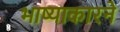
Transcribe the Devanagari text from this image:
भाष्याकारने